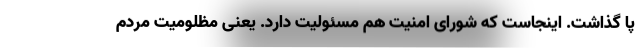
پا گذاشت. اینجاست که شورای امنیت هم مسئولیت دارد. یعنی مظلومیت مردم